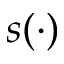
s ( \cdot )